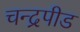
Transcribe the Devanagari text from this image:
चन्द्रपीड